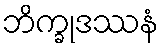
ဘိက္ခုဒဿနံ